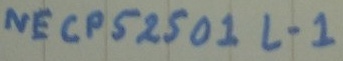
Text: NECPS250 1L